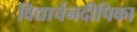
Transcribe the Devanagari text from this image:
विद्यार्चनदीपिका